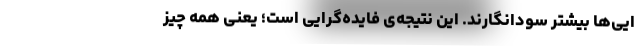
ایی‌ها بیشتر سودانگارند. این نتیجه‌ی فایده‌گرایی است؛ یعنی همه چیز